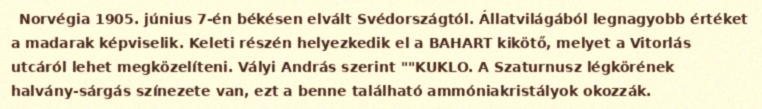
Norvégia 1905. június 7-én békésen elvált Svédországtól. Állatvilágából legnagyobb értéket a madarak képviselik. Keleti részén helyezkedik el a BAHART kikötő, melyet a Vitorlás utcáról lehet megközelíteni. Vályi András szerint ""KUKLO. A Szaturnusz légkörének halvány-sárgás színezete van, ezt a benne található ammóniakristályok okozzák.